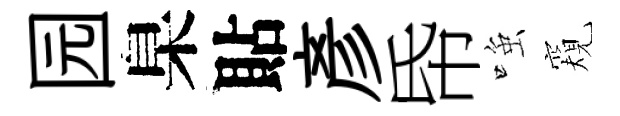
园臬貼彥帋𫪻窺